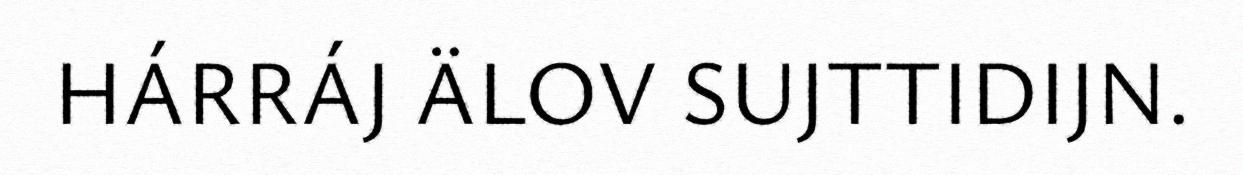
HÁRRÁJ ÄLOV SUJTTIDIJN.